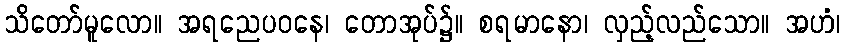
သိတော်မူလော။ အရညေပဝနေ၊ တောအုပ်၌။ စရမာနော၊ လှည့်လည်သော။ အဟံ၊